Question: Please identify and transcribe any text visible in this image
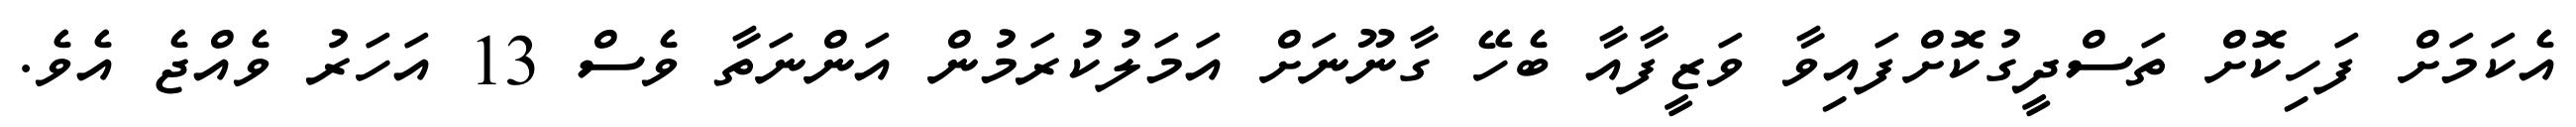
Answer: އެކަމަށް ފަހިކޮށް ތަސްދީގުކޮށްފައިވާ ވަޒީފާއާ ބެހޭ ގާނޫނަށް އަމަލުކުރަމުން އަންނަތާ ވެސް 13 އަހަރު ވެއްޖެ އެވެ.